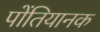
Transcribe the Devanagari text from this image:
पोंतियानक